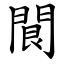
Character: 䦘